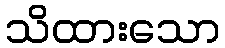
သိထားသော